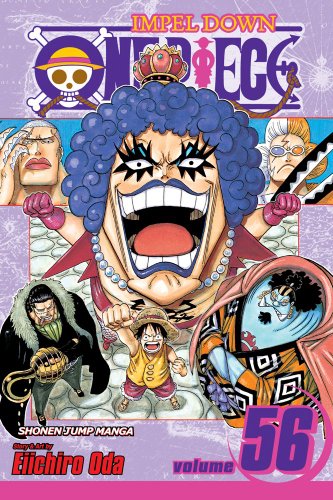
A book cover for One Piece, Vol. 56; Eiichiro Oda; Comics & Graphic Novels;